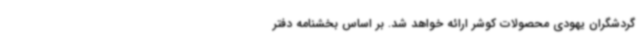
گردشگران یهودی محصولات کوشر ارائه خواهد شد. بر اساس بخشنامه دفتر